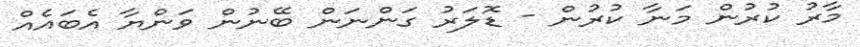
މާރު ކުރުން މަނާ ކުރުން - ޑޮލަރު ގަންނަން ބޭނުން ވަންޔާ އެބައެއް